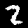
Digit: 2